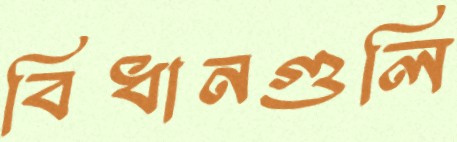
বিধানগুলি